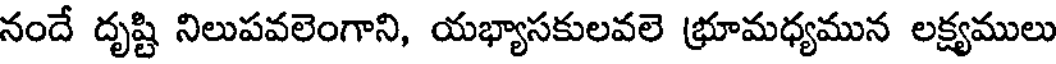
నందే దృష్టి నిలుపవలెంగాని, యభ్యాసకులవలె భ్రూమధ్యమున లక్ష్యములు